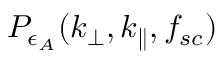
P _ { \epsilon _ { A } } ( k _ { \perp } , k _ { \parallel } , f _ { s c } )